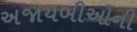
અજાયબીઓની